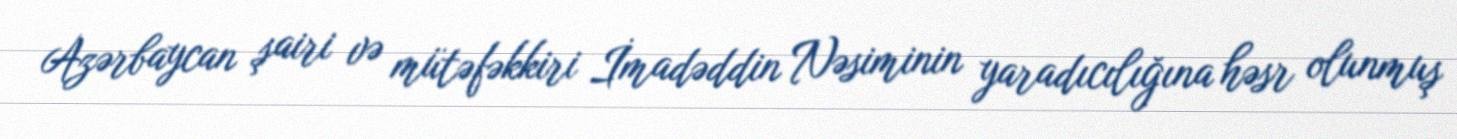
Azərbaycan şairi və mütəfəkkiri İmadəddin Nəsiminin yaradıcılığına həsr olunmuş